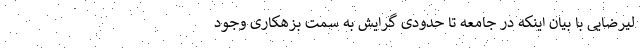
لیرضایی با بیان اینکه در جامعه تا حدودی گرایش به سمت بزهکاری وجود